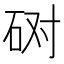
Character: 𰦲